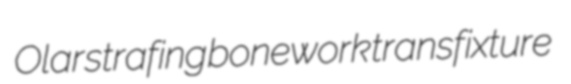
Olar strafing bonework transfixture